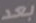
بعد